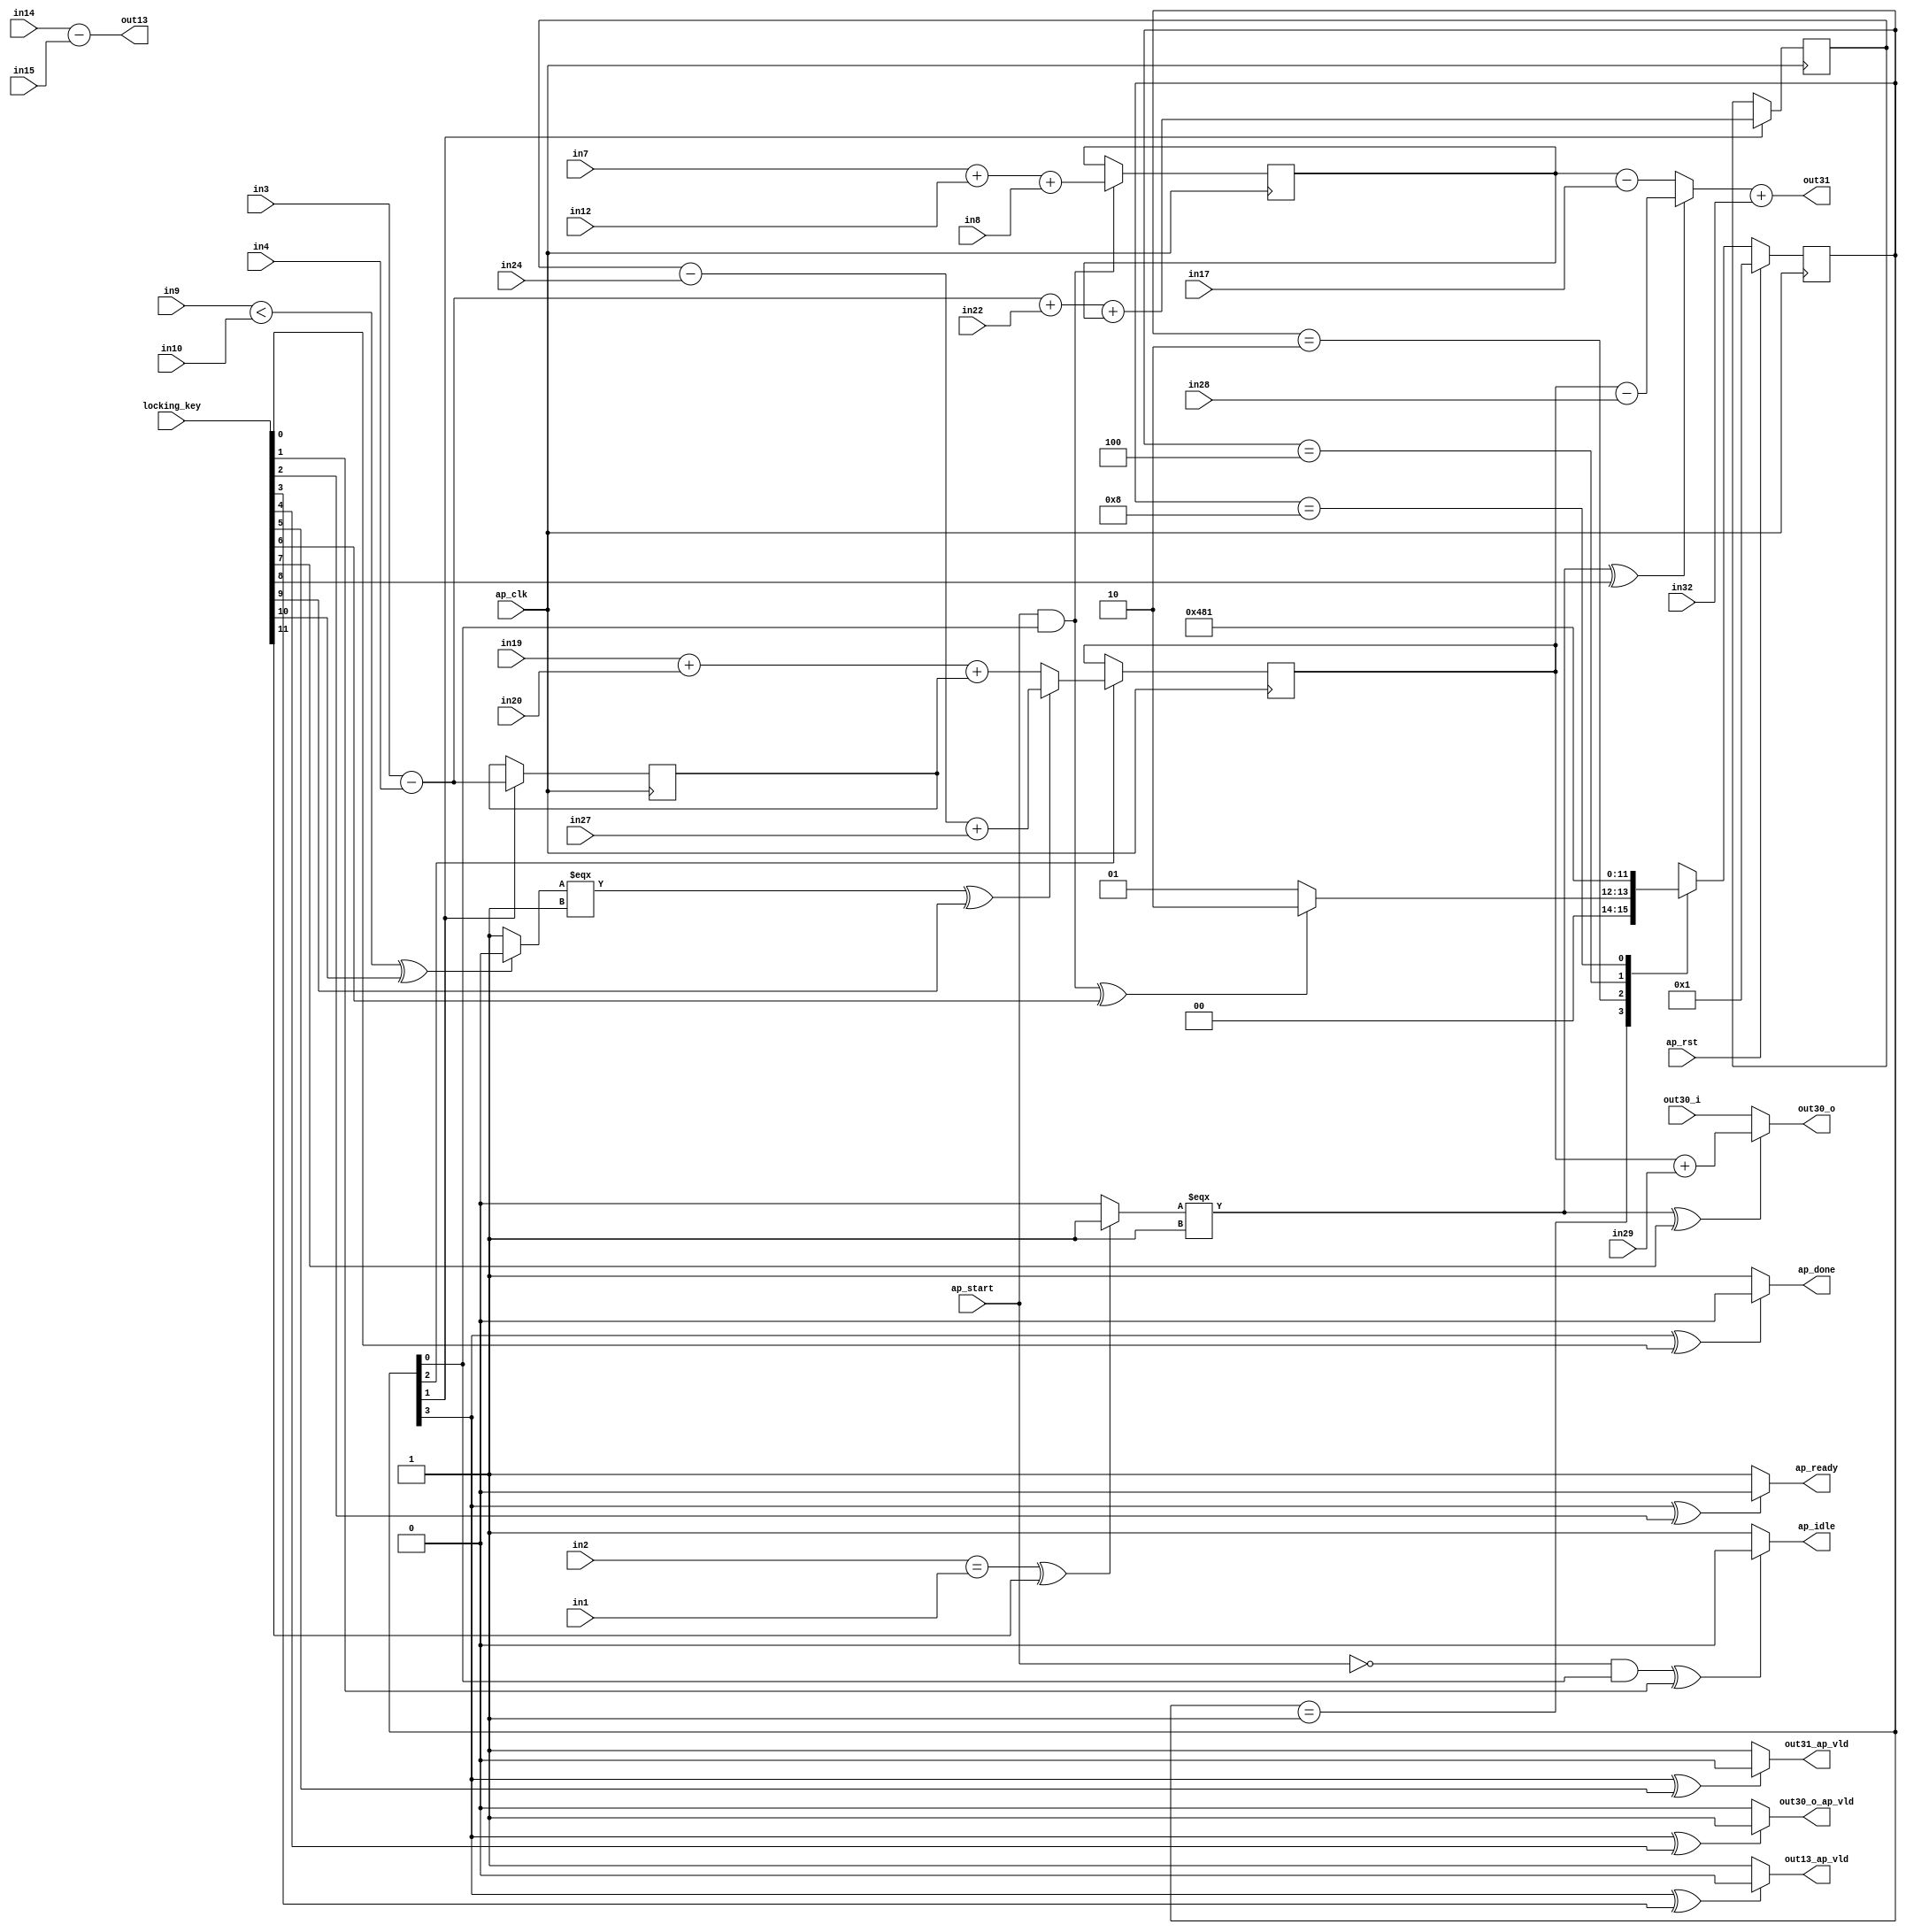

module hls_macc_0_obf
(
  ap_clk,
  ap_rst,
  ap_start,
  ap_done,
  ap_idle,
  ap_ready,
  in1,
  in2,
  in3,
  in4,
  in7,
  in8,
  in9,
  in10,
  in14,
  in12,
  in15,
  in17,
  in19,
  in20,
  in22,
  in24,
  in27,
  in28,
  in29,
  in32,
  out13,
  out13_ap_vld,
  out30_i,
  out30_o,
  out30_o_ap_vld,
  out31,
  out31_ap_vld,
  locking_key
);

  parameter ap_ST_fsm_state1 = 4'd1;
  parameter ap_ST_fsm_state2 = 4'd2;
  parameter ap_ST_fsm_state3 = 4'd4;
  parameter ap_ST_fsm_state4 = 4'd8;
  input ap_clk;
  input ap_rst;
  input ap_start;
  output ap_done;
  output ap_idle;
  output ap_ready;
  input [31:0] in1;
  input [31:0] in2;
  input [31:0] in3;
  input [31:0] in4;
  input [31:0] in7;
  input [31:0] in8;
  input [31:0] in9;
  input [31:0] in10;
  input [31:0] in14;
  input [31:0] in12;
  input [31:0] in15;
  input [31:0] in17;
  input [31:0] in19;
  input [31:0] in20;
  input [31:0] in22;
  input [31:0] in24;
  input [31:0] in27;
  input [31:0] in28;
  input [31:0] in29;
  input [31:0] in32;
  output [31:0] out13;
  output out13_ap_vld;
  input [31:0] out30_i;
  output [31:0] out30_o;
  output out30_o_ap_vld;
  output [31:0] out31;
  output out31_ap_vld;
  reg ap_done;
  reg ap_idle;
  reg ap_ready;
  reg out13_ap_vld;
  reg out30_o_ap_vld;
  reg out31_ap_vld;
  reg [3:0] ap_CS_fsm;
  wire ap_CS_fsm_state1;
  wire [31:0] t11_fu_211_p2;
  reg [31:0] t11_reg_322;
  wire [31:0] t5_fu_217_p2;
  reg [31:0] t5_reg_328;
  wire ap_CS_fsm_state2;
  wire [31:0] t23_fu_229_p2;
  reg [31:0] t23_reg_333;
  wire [31:0] t26_2_fu_262_p3;
  reg [31:0] t26_2_reg_338;
  wire ap_CS_fsm_state3;
  wire ap_CS_fsm_state4;
  wire [31:0] tmp1_fu_205_p2;
  wire [31:0] tmp2_fu_223_p2;
  wire [31:0] t25_fu_240_p2;
  wire [31:0] tmp3_fu_251_p2;
  wire [0:0] tmp_2_fu_234_p2;
  wire [31:0] t26_fu_245_p2;
  wire [31:0] t26_1_fu_257_p2;
  wire [0:0] tmp_fu_277_p2;
  wire [31:0] t16_fu_283_p2;
  wire [31:0] t16_1_fu_288_p2;
  wire [31:0] tempout30_1_fu_293_p2;
  wire [31:0] t16_2_fu_298_p3;
  reg [3:0] ap_NS_fsm;
  input [3070:0] locking_key;
  wire [11:0] working_key;

  initial begin
    #0 ap_CS_fsm = 4'd1;
  end


  always @(posedge ap_clk) begin
    if(ap_rst == 1'b1) begin
      ap_CS_fsm <= ap_ST_fsm_state1;
    end else begin
      ap_CS_fsm <= ap_NS_fsm;
    end
  end


  always @(posedge ap_clk) begin
    if((ap_start == 1'b1) & (1'b1 == ap_CS_fsm_state1)) begin
      t11_reg_322 <= t11_fu_211_p2;
    end 
  end


  always @(posedge ap_clk) begin
    if(1'b1 == ap_CS_fsm_state2) begin
      t23_reg_333 <= t23_fu_229_p2;
      t5_reg_328 <= t5_fu_217_p2;
    end 
  end


  always @(posedge ap_clk) begin
    if(1'b1 == ap_CS_fsm_state3) begin
      t26_2_reg_338 <= t26_2_fu_262_p3;
    end 
  end


  always @(*) begin
    if(((1'b1 == ap_CS_fsm_state4) ^ working_key[0]) == 1'b1) begin
      ap_done = 1'b0;
    end else begin
      ap_done = 1'b1;
    end
  end


  always @(*) begin
    if(((ap_start == 1'b0) & (1'b1 == ap_CS_fsm_state1) ^ working_key[1]) == 1'b1) begin
      ap_idle = 1'b0;
    end else begin
      ap_idle = 1'b1;
    end
  end


  always @(*) begin
    if(((1'b1 == ap_CS_fsm_state4) ^ working_key[2]) == 1'b1) begin
      ap_ready = 1'b0;
    end else begin
      ap_ready = 1'b1;
    end
  end


  always @(*) begin
    if(((1'b1 == ap_CS_fsm_state4) ^ working_key[3]) == 1'b1) begin
      out13_ap_vld = 1'b0;
    end else begin
      out13_ap_vld = 1'b1;
    end
  end


  always @(*) begin
    if(((1'b1 == ap_CS_fsm_state4) ^ working_key[4]) == 1'b1) begin
      out30_o_ap_vld = 1'b1;
    end else begin
      out30_o_ap_vld = 1'b0;
    end
  end


  always @(*) begin
    if(((1'b1 == ap_CS_fsm_state4) ^ working_key[5]) == 1'b1) begin
      out31_ap_vld = 1'b0;
    end else begin
      out31_ap_vld = 1'b1;
    end
  end


  always @(*) begin
    case(ap_CS_fsm)
      ap_ST_fsm_state1: begin
        if(((ap_start == 1'b1) & (1'b1 == ap_CS_fsm_state1) ^ working_key[6]) == 1'b1) begin
          ap_NS_fsm = ap_ST_fsm_state2;
        end else begin
          ap_NS_fsm = ap_ST_fsm_state1;
        end
      end
      ap_ST_fsm_state2: begin
        ap_NS_fsm = ap_ST_fsm_state3;
      end
      ap_ST_fsm_state3: begin
        ap_NS_fsm = ap_ST_fsm_state4;
      end
      ap_ST_fsm_state4: begin
        ap_NS_fsm = ap_ST_fsm_state1;
      end
      default: begin
        ap_NS_fsm = 'bx;
      end
    endcase
  end

  assign ap_CS_fsm_state1 = ap_CS_fsm[32'd0];
  assign ap_CS_fsm_state2 = ap_CS_fsm[32'd1];
  assign ap_CS_fsm_state3 = ap_CS_fsm[32'd2];
  assign ap_CS_fsm_state4 = ap_CS_fsm[32'd3];
  assign out13 = in14 - in15;
  assign out30_o = (((tmp_fu_277_p2[0:0] === 1'b1) ^ working_key[7]) == 1'b1)? tempout30_1_fu_293_p2 : out30_i;
  assign out31 = t16_2_fu_298_p3 + in32;
  assign t11_fu_211_p2 = tmp1_fu_205_p2 + in8;
  assign t16_1_fu_288_p2 = t26_2_reg_338 - in28;
  assign t16_2_fu_298_p3 = (((tmp_fu_277_p2[0:0] === 1'b1) ^ working_key[8]) == 1'b1)? t16_1_fu_288_p2 : t16_fu_283_p2;
  assign t16_fu_283_p2 = t11_reg_322 - in17;
  assign t23_fu_229_p2 = tmp2_fu_223_p2 + t11_reg_322;
  assign t25_fu_240_p2 = t23_reg_333 - in24;
  assign t26_1_fu_257_p2 = tmp3_fu_251_p2 + t5_reg_328;
  assign t26_2_fu_262_p3 = (((tmp_2_fu_234_p2[0:0] === 1'b1) ^ working_key[9]) == 1'b1)? t26_fu_245_p2 : t26_1_fu_257_p2;
  assign t26_fu_245_p2 = t25_fu_240_p2 + in27;
  assign t5_fu_217_p2 = in3 - in4;
  assign tempout30_1_fu_293_p2 = t26_2_reg_338 + in29;
  assign tmp1_fu_205_p2 = in7 + in12;
  assign tmp2_fu_223_p2 = t5_fu_217_p2 + in22;
  assign tmp3_fu_251_p2 = in19 + in20;
  assign tmp_2_fu_234_p2 = (((in9 < in10) ^ working_key[10]) == 1'b1)? 1'b0 : 1'b1;
  assign tmp_fu_277_p2 = (((in2 == in1) ^ working_key[11]) == 1'b1)? 1'b1 : 1'b0;
  assign working_key = { locking_key[11:0] };

endmodule